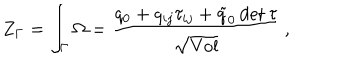
Z _ { \Gamma } = \int _ { \Gamma } \Omega = { \frac { q _ { 0 } + q _ { i j } \tau _ { i j } + \tilde { q } _ { 0 } \, \mathrm { d e t } \, \tau } { \sqrt \mathrm { V o l } } } \, ,